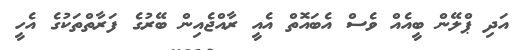
އަދި ޕްލޭން ބީއެއް ވެސް އެބައޮތް އެއީ ރާއްޖެއިން ބޭރުގެ ފަރާތްތަކުގެ އެހީ